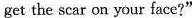
get the scar on your face?"